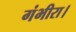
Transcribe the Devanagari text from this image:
गंभीरा।